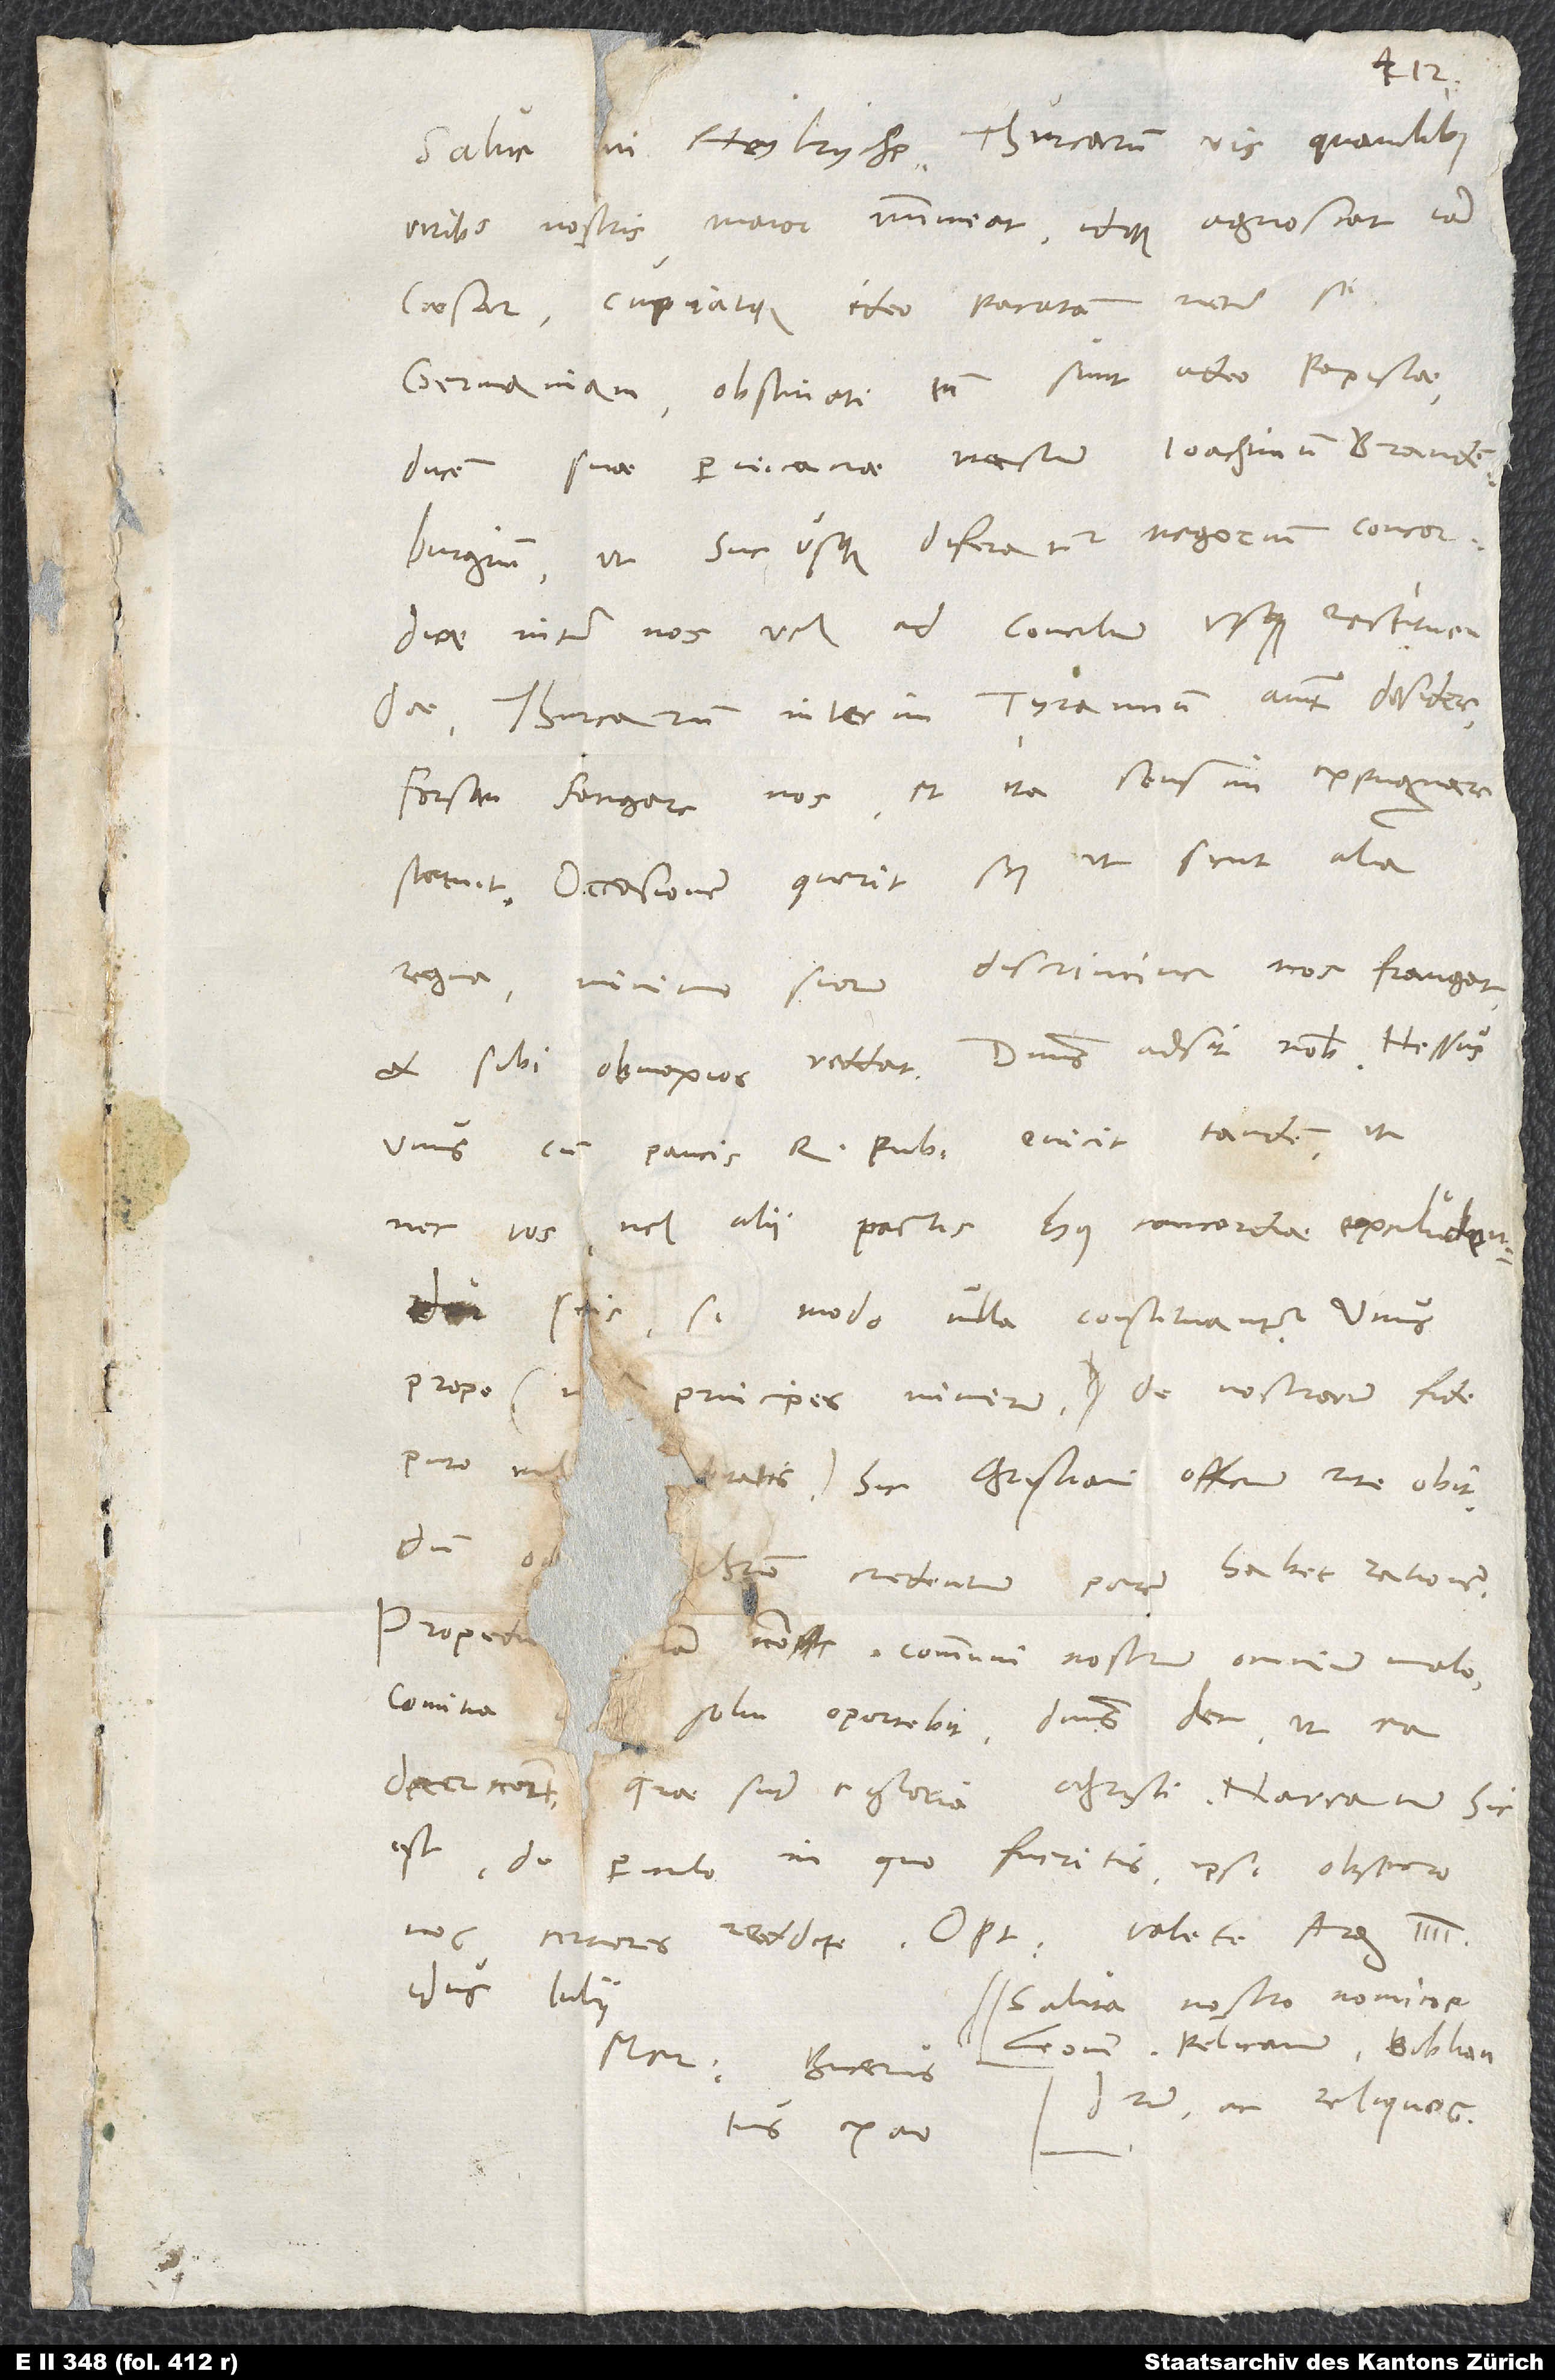
4.
viribus nostris maior immineat idque agnoscat iam
caesar cupiatque ideo pacatam inter se
Germaniam, obstinati tamen sunt adeo papistae
ducem suae pervicaciae nacti Joachimum Brandenburgium,
inter nos vel ad concilium usque restituendae.
Thurcarum interim tyrannum autem desidere,
forsan frangere nos et ita sensim expugnare
statuit. Occasionem querit scilicet, ut sicut alia
regna minimo suorum discrimine nos frangat
et sibi obnoxios reddat. Dominus adsit nobis! Hessus
unus cum paucis rebus publicis evicit tandem, ut
nec vos nec alii pactis huius concordiae excludendi
sitis, si modo ulla constituantur. Unus
prope - inter principes nimirum; de nostrorum fide,
comitia
solvi oportebit. Dominus det, ut ea
decernant, quae sunt e gloria Christi! Narratum hic
est de
periculo, in quo fueritis. Ipsi, obsecro,
nos certiores reddite. Optime valete.
idus iulii.
Saluta nostro nomine
Leonem, Pelicanum, Bibliandrum
tuus ex animo.